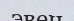
эвен